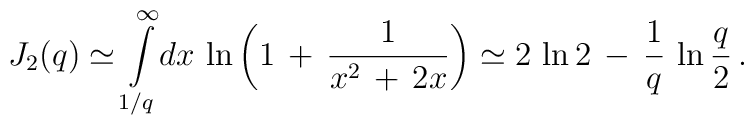
J_2(q)\simeq \int\limits_{1/q}^{\infty}\!dx\,\ln\left(1\,+\,\frac{1}{x^2\,+\,2x}\right)\simeq 2\,\ln 2\,-\,\frac{1}{q}\,\ln\frac{q}{2}\,{.}